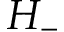
H _ { - }